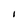
Character: I